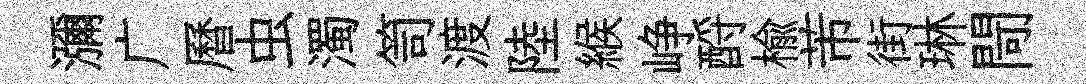
瀰广曆虫濁笥渡陸緱峥酹榆芾街琳閜